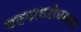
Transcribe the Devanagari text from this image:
यस्पाधरोधस्तन